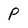
Character: P